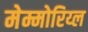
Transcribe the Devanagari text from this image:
मेम्मोरिय्ल